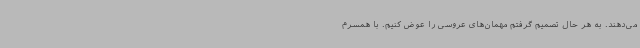
می‌دهند. به هر حال تصمیم گرفتم مهمان‌های عروسی را عوض کنیم. با همسرم